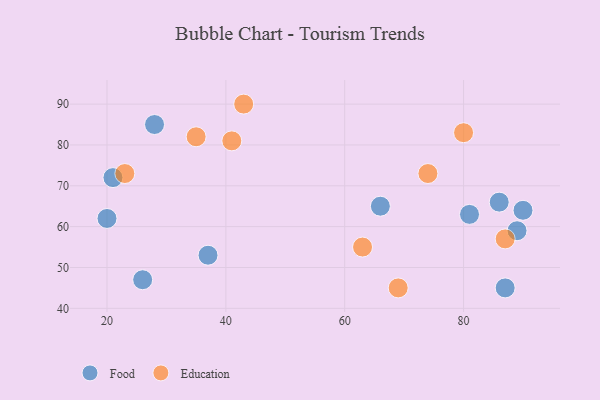
{"axis": {"x": "GDP", "y": "Life Expectancy"}, "legend": ["Education", "Food"], "data": [{"x": "86", "y": 66, "type": "Food"}, {"x": "90", "y": 64, "type": "Food"}, {"x": "66", "y": 65, "type": "Food"}, {"x": "20", "y": 62, "type": "Food"}, {"x": "26", "y": 47, "type": "Food"}, {"x": "37", "y": 53, "type": "Food"}, {"x": "21", "y": 72, "type": "Food"}, {"x": "28", "y": 85, "type": "Food"}, {"x": "81", "y": 63, "type": "Food"}, {"x": "89", "y": 59, "type": "Food"}, {"x": "87", "y": 45, "type": "Food"}, {"x": "23", "y": 73, "type": "Education"}, {"x": "63", "y": 55, "type": "Education"}, {"x": "80", "y": 83, "type": "Education"}, {"x": "74", "y": 73, "type": "Education"}, {"x": "35", "y": 82, "type": "Education"}, {"x": "69", "y": 45, "type": "Education"}, {"x": "87", "y": 57, "type": "Education"}, {"x": "41", "y": 81, "type": "Education"}, {"x": "43", "y": 90, "type": "Education"}]}